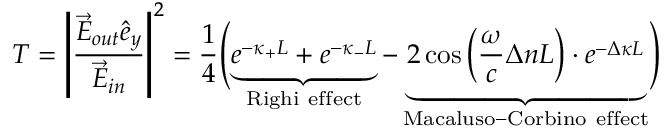
T = \left| \frac { \vec { E } _ { o u t } \hat { e } _ { y } } { \vec { E } _ { i n } } \right| ^ { 2 } = \frac { 1 } { 4 } \Biggl ( \underbrace { e ^ { - \kappa _ { + } L } + e ^ { - \kappa _ { - } L } } _ { \mathrm { R i g h i ~ e f f e c t } } - \underbrace { 2 \cos \left( \frac { \omega } { c } \Delta n L \right) \cdot e ^ { - \Delta \kappa L } } _ { \mathrm { M a c a l u s o - C o r b i n o ~ e f f e c t } } \Biggr )